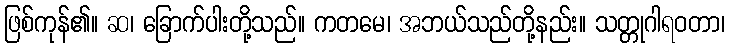
ဖြစ်ကုန်၏။ ဆ၊ ခြောက်ပါးတို့သည်။ ကတမေ၊ အဘယ်သည်တို့နည်း။ သတ္တုဂါရဝတာ၊